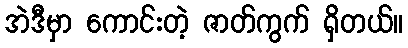
အဲဒီမှာ ကောင်းတဲ့ ဇာတ်ကွက် ရှိတယ်။